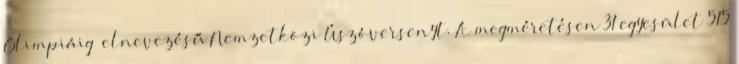
Olimpiáig” elnevezésű Nemzetközi Úszóversenyt. A megméretésen 31 egyesület 515